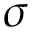
\sigma